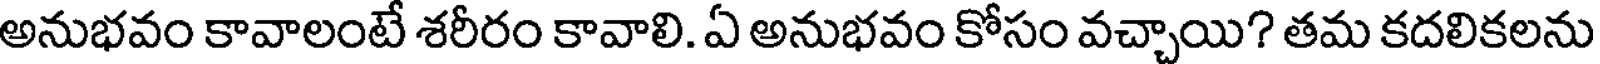
అనుభవం కావాలంటే శరీరం కావాలి. ఏ అనుభవం కోసం వచ్చాయి? తమ కదలికలను